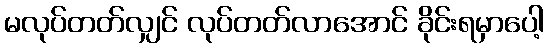
မလုပ်တတ်လျှင် လုပ်တတ်လာအောင် ခိုင်းရမှာပေါ့